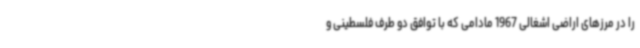
را در مرزهای اراضی اشغالی 1967 مادامی که با توافق دو طرف فلسطینی و